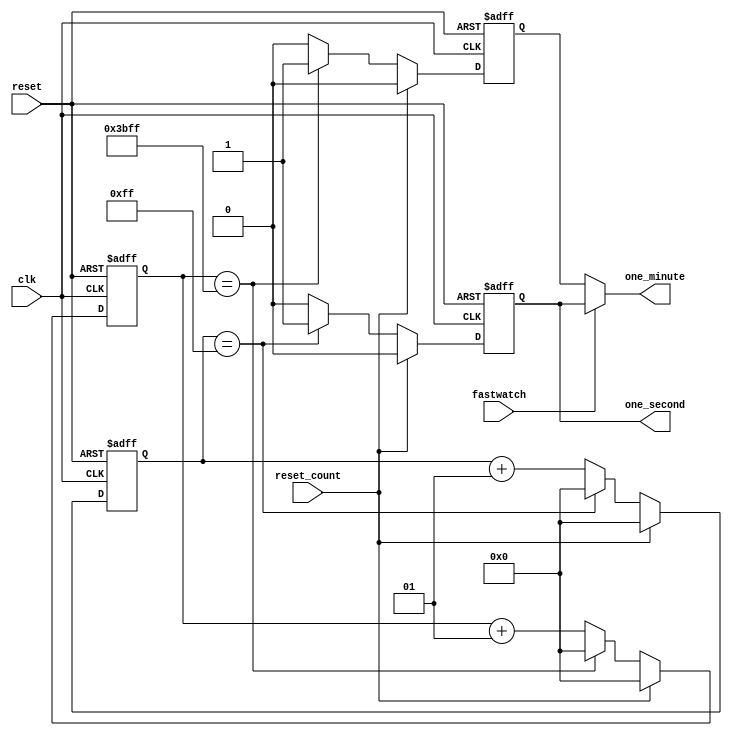
module time_generator(clk,reset,reset_count,fastwatch,one_minute,one_second);
  input clk,reset,fastwatch,reset_count;
  output reg one_minute,one_second;
  integer count1,count2;
  reg one_min_reg;
  always@(posedge clk or posedge reset)  //one second pulse
  begin
    if(reset)
      begin
        count1<=0;
        one_second<=0;
    end
  else if(reset_count)
    begin
      
        count1<=0;
        one_second<=0;
    end
    else if(count1=='d255)
      begin 
      one_second<=1;
      count1<=0;
      end
    else begin
      count1<=count1+1;
      one_second<=0;
    end
  end
  

always@(posedge clk or posedge reset)  //one minute pulse
  begin
    if(reset)
      begin
        one_min_reg<=0;
      count2<=0;
   end
  else if(reset_count)
    begin
      
        count2<=0;
        one_min_reg<=0;
    end
    else if(count2=='d15359)
      begin
        count2<=0;
      one_min_reg<=1;
    end
    else 
      begin
      one_min_reg<=0;
      count2<=count2+1;
    end
  end
  
  always@(*)  //fastwatch pulse
  begin
    if(fastwatch) one_minute=one_second;
  else one_minute=one_min_reg;    
  end
 
  
endmodule